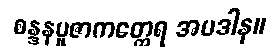
စန္ဒနပူဇာကတ္ထေရ အပဒါန။